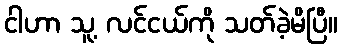
ငါဟာ သူ့ လင်ငယ်ကို သတ်ခဲ့မိပြီ။